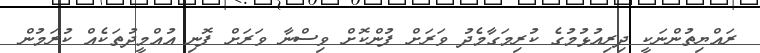
ރައްޔިތުންނަކީ ދިރިއުޅުމުގެ ކުރިމަގާމެދު ވަރަށް ފުންކޮށް ވިސްނާ ވަރަށް ފޮނި އުއްމީދުތަކެއް ކުރަމުން